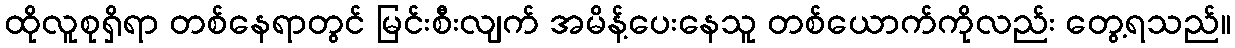
ထိုလူစုရှိရာ တစ်နေရာတွင် မြင်းစီးလျက် အမိန့်ပေးနေသူ တစ်ယောက်ကိုလည်း တွေ့ရသည်။